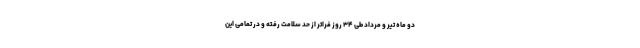
دو ماه تیر و مرداد طی ۳۴ روز فراتر از حد سلامت رفته و در تمامی این